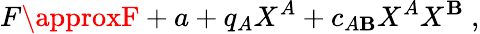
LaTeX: F\approxF+a+q_{A}X^{A}+c_{A\mathbf{B}}X^{A}X^{\mathbf{B}}\ ,